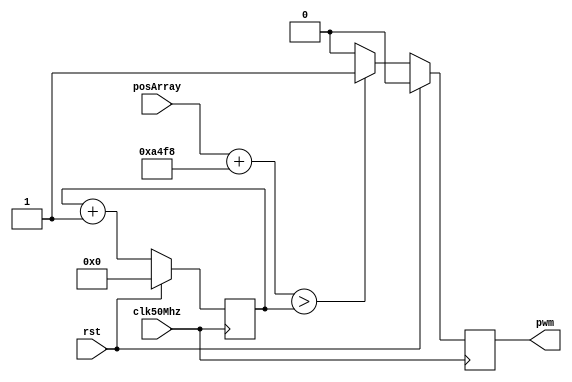
module servo
#(
    parameter WIDTH = 16, ///< Width of position word. Should be 2-16 bits
    parameter NUM = 1     ///< Number of servos to drive
) (
    input clk50Mhz,                   ///< Built around a 50 MHz clock
    input rst,                        ///< Reset, active high
    input [(WIDTH*NUM)-1:0] posArray, ///< Flattened position array
    output reg [NUM-1:0] pwm          ///< PWM for hobby servos
);
wire [WIDTH-1:0] posArrayInternal[NUM-1:0];
reg [19:0] counter;
integer i;
genvar j;
// Create internal array of positions
generate
begin
    for (j=0; j<NUM; j=j+1) begin
        assign posArrayInternal[j] = posArray[(WIDTH*(j+1)-1):(WIDTH*j)];
    end
end
endgenerate
// PWM based on single timer
always @(posedge clk50Mhz) begin
    if (rst) begin
        counter <= 'd0;
        pwm <= 'b0;
    end else begin
        counter <= counter + 1;
        for (i=0; i<NUM; i=i+1) begin
            // 42232 centers PWM on 1.5ms when pos is half of full possible value
            // Shift if necessary so that the pos word always creates PWM between 1-2 ms
            if (((posArrayInternal[i] << (16-WIDTH)) + 42232) > counter)
                pwm[i] <= 1'b1;
            else
                pwm[i] <= 1'b0;
        end
    end
end
endmodule